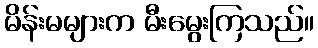
မိန်းမများက မီးမွေးကြသည်။